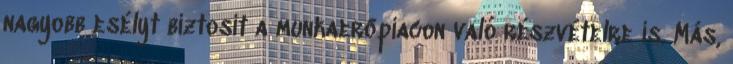
nagyobb esélyt biztosít a munkaerőpiacon való részvételre is. Más,